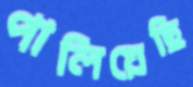
পালিয়েছি